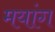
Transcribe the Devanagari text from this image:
मयांग